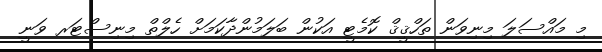
މި މައްސަލަ މިނިވަން ތަހްޤީޤް ކޮމެޓީ އަކުން ބަލަމުންދާކަމަށް ހެލްތް މިނިސްޓަރ ވަނީ